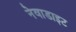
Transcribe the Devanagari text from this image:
नेवाडाइट